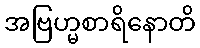
အဗြဟ္မစာရိနောတိ